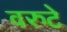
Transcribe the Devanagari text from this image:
वरुटे